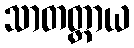
သာတတ္တာယ